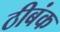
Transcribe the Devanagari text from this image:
ठीबंक